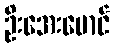
ဦးအေးမောင်